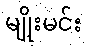
မျိုးမင်း